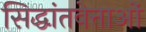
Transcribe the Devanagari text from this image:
सिद्धांतवेत्ताओं